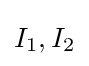
I_{\text{1}},I_{\text{2}}